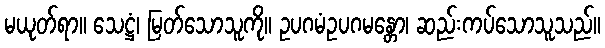
မယုတ်ရာ။ သေဋ္ဌံ၊ မြတ်သောသူကို။ ဥပဂမံဥပဂမန္တော၊ ဆည်းကပ်သောသူသည်။